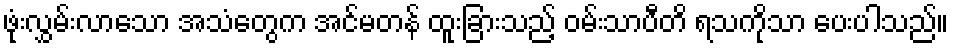
ဖုံးလွှမ်းလာသော အသံတွေက အင်မတန် ထူးခြားသည့် ဝမ်းသာပီတိ ရသကိုသာ ပေးပါသည်။